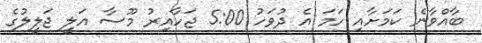
ބާއްވާނެ ކަމަށާއި ހަމަ އެ ދުވަހު 5:00 ޖަހާއިރު މޫސާ އަލީ ޖަލީލުގެ